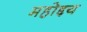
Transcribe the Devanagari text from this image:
महोद्दय